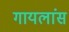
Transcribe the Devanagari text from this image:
गायलांस